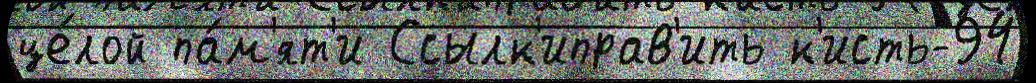
це́лой па́м'ят'и Ссылк'иправ'ить к'исть-94